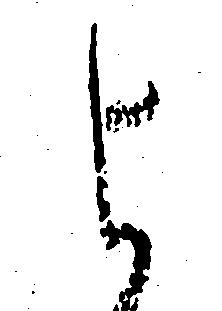
よ